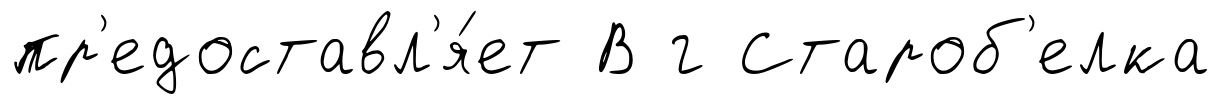
пр'едоставл'я́ет В г Староб'елка